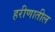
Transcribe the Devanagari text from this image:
हरीणातील